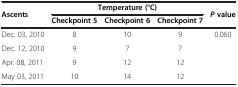
<table><thead><tr><td rowspan="2"><b>Ascents</b></td><td colspan="3"><b>Temperature (°C)</b></td><td rowspan="2"><b><i>P </i>value</b></td></tr><tr><td><b>Checkpoint 5</b></td><td><b>Checkpoint 6</b></td><td><b>Checkpoint 7</b></td></tr></thead><tbody><tr><td>Dec. 03, 2010</td><td>8</td><td>10</td><td>9</td><td>0.060</td></tr><tr><td>Dec. 12, 2010</td><td>9</td><td>7</td><td>7</td><td> </td></tr><tr><td>Apr. 08, 2011</td><td>9</td><td>12</td><td>12</td><td> </td></tr><tr><td>May 03, 2011</td><td>10</td><td>14</td><td>12</td><td> </td></tr></tbody></table>